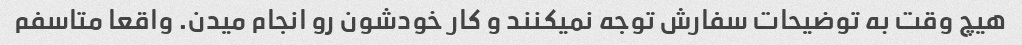
هیچ وقت به توضیحات سفارش توجه نمیکنند و کار خودشون رو انجام میدن. واقعا متاسفم